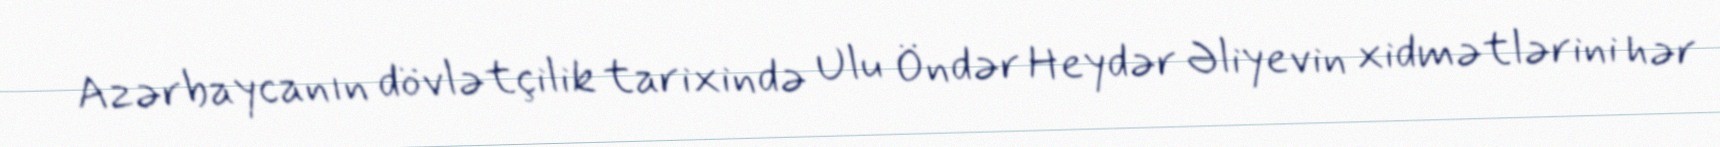
Azərbaycanın dövlətçilik tarixində Ulu Öndər Heydər Əliyevin xidmətlərini hər